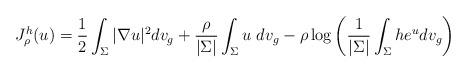
LaTeX: \begin{align*}J_\rho^h(u)= \frac{1}{2}\int_{\Sigma}|\nabla u|^2 dv_{g} + \frac{\rho}{|\Sigma|} \int_{\Sigma} u\; dv_{g}-\rho\log\left(\frac{1}{|\Sigma|}\int_{\Sigma} h e^{u} dv_{g}\right)\end{align*}